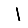
Digit: 1